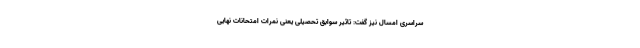
سراسری امسال نیز گفت: تاثیر سوابق تحصیلی یعنی نمرات امتحانات نهایی